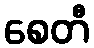
စေတီ